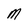
Character: M